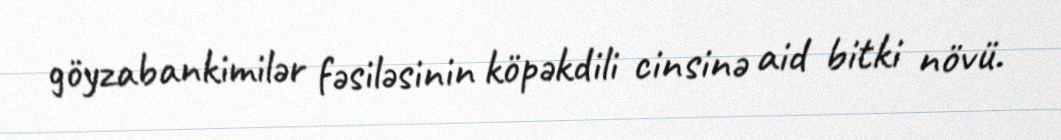
göyzabankimilər fəsiləsinin köpəkdili cinsinə aid bitki növü.